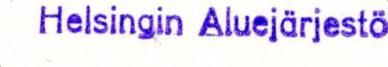
Helsingin Aluejärjestö